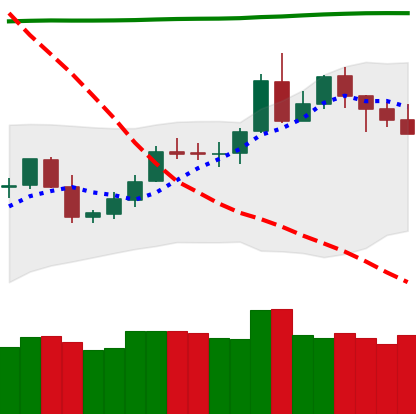
Ticker: LTC-USD
Chart end date: 2020-05-06
Forward return: -9.235%
Label: down_7plus